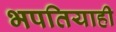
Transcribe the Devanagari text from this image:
भपतियाही